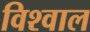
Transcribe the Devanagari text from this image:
विश्वाल